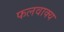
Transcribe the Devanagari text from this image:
फलवाक्य